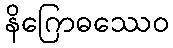
နိဂြောဓဿေဝ